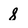
Character: 8